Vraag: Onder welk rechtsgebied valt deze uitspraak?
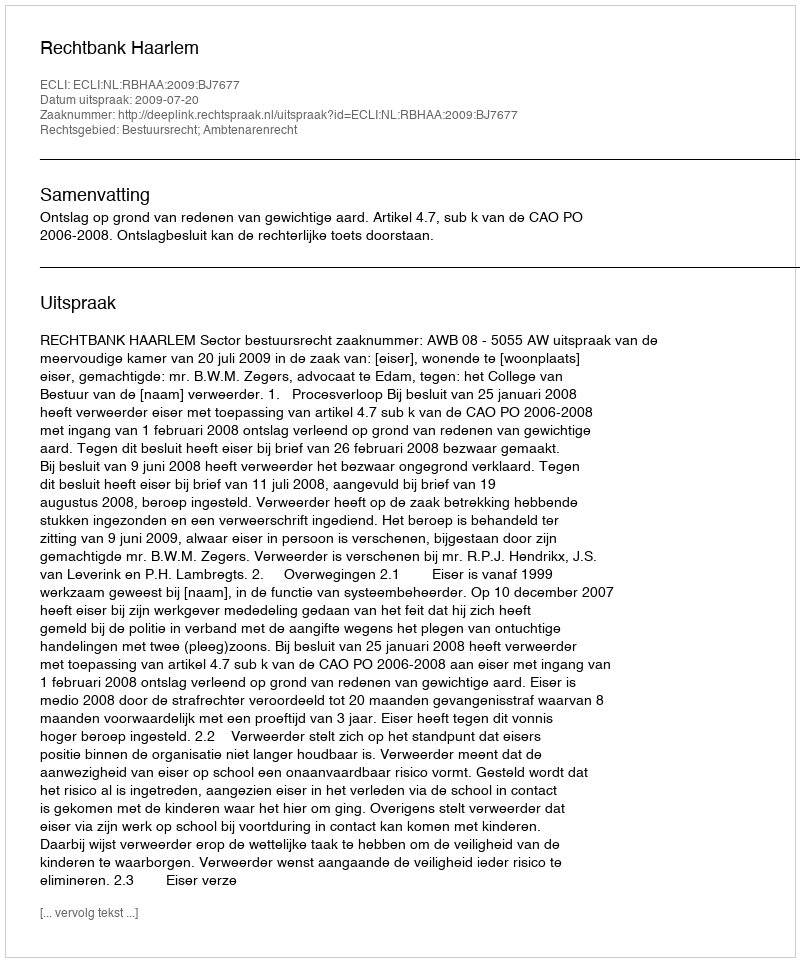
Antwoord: Bestuursrecht; Ambtenarenrecht